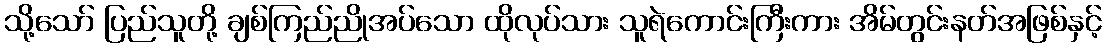
သို့သော် ပြည်သူတို့ ချစ်ကြည်ညိုအပ်သော ထိုလုပ်သား သူရဲကောင်းကြီးကား အိမ်တွင်းနတ်အဖြစ်နှင့်